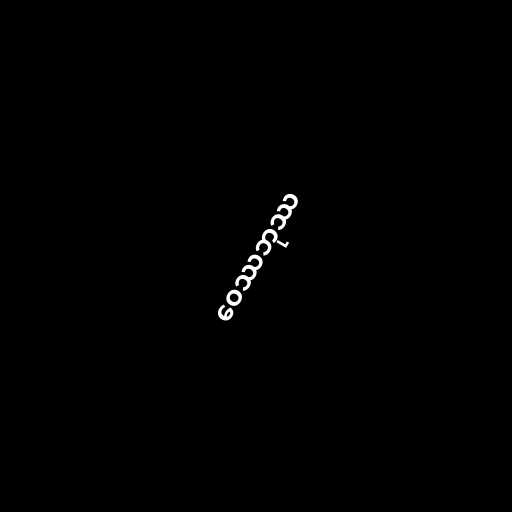
ဝေဿဘုဿ